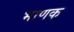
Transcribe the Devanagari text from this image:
भाणक